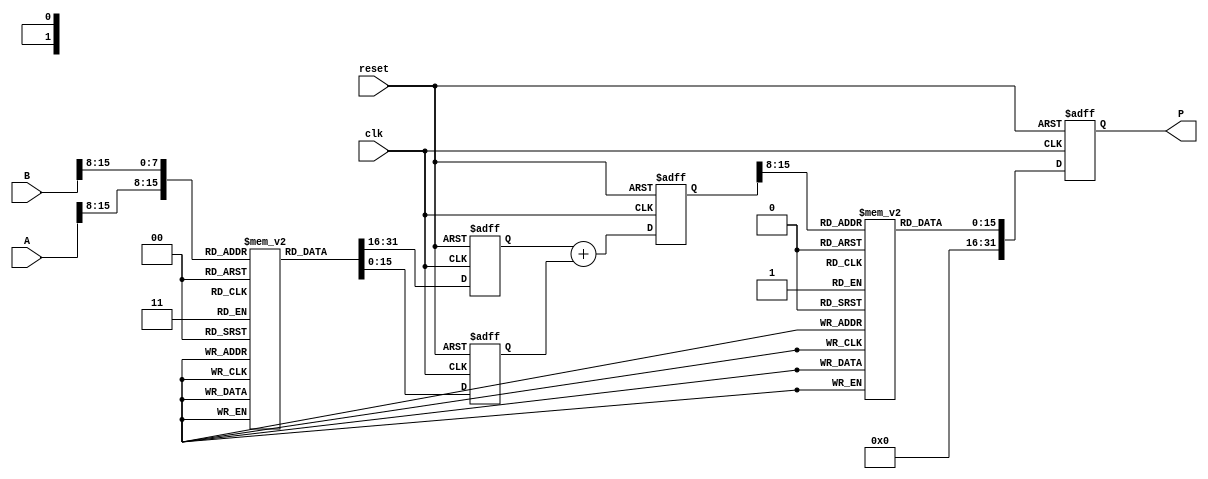
module LogarithmicMultiplier #(
    parameter WIDTH = 16,         // Bit width of input numbers
    parameter LUT_SIZE = 256      // Size of lookup table for logarithm and exponent
)(
    input [WIDTH-1:0] A,         // Input A
    input [WIDTH-1:0] B,         // Input B
    output reg [2*WIDTH-1:0] P,  // Output product P = A * B
    input clk,                   // Clock signal
    input reset                  // Asynchronous reset
);

    // Logarithm and Exponential LUTs
    reg [WIDTH-1:0] log_LUT [0:LUT_SIZE-1];  // Logarithm LUT
    reg [WIDTH-1:0] exp_LUT [0:LUT_SIZE-1];  // Exponential LUT

    // Internal variables for logarithmic values and sum
    reg [WIDTH-1:0] log_A, log_B;
    reg [WIDTH-1:0] log_sum;
    
    // Load LUTs (this could be done in a separate initialization block)
    initial begin
        // Populate log_LUT and exp_LUT with appropriate values
        // For example:
        // log_LUT[0] = 0;  // log(1) = 0
        // log_LUT[1] = ... // log values for each entry
        // exp_LUT[0] = 1;  // exp(0) = 1
        // exp_LUT[1] = ... // exp values for each entry
    end

    // Logarithmic Conversion
    always @(posedge clk or posedge reset) begin
        if (reset) begin
            log_A <= 0;
            log_B <= 0;
            log_sum <= 0;
            P <= 0;
        end else begin
            // Assuming inputs are scaled to the LUT size
            log_A <= log_LUT[A >> (WIDTH - $clog2(LUT_SIZE))];
            log_B <= log_LUT[B >> (WIDTH - $clog2(LUT_SIZE))];

            // Adder
            log_sum <= log_A + log_B;

            // Exponential Conversion
            P <= exp_LUT[log_sum >> (WIDTH - $clog2(LUT_SIZE))];
        end
    end

endmodule